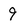
Character: 9